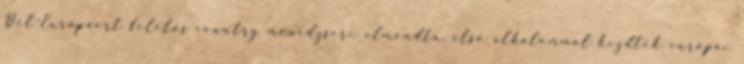
Dél-Európáért felelős country menedzsere elmondta, első alkalommal kezdték európai